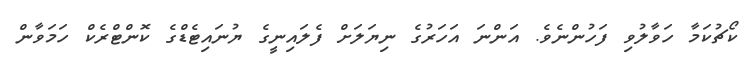
ކޯޗުކަމާ ހަވާލުވި ފަހުންނެވެ. އަންނަ އަހަރުގެ ނިޔަލަށް ފެލައިނީގެ ޔުނައިޓެޑްގެ ކޮންޓްރެކް ހަމަވާން